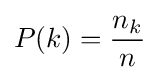
P(k)={\frac {n_{k}}{n}}